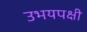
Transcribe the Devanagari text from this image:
उभयपक्षी